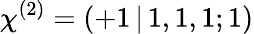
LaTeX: \chi^{(2)}=(+1\, |\, 1,1,1;1)